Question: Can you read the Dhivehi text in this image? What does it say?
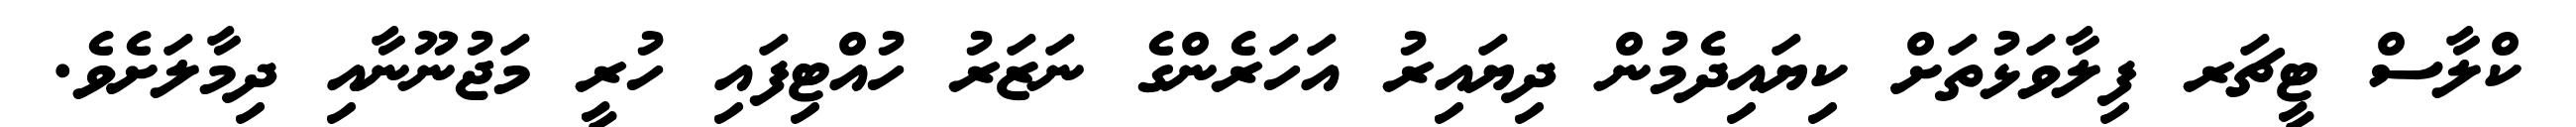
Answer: ކްލާސް ޓީޗަރ ފިލާވަޅުތަށް ކިޔައިދެމުން ދިޔައިރު އަހަރެންގެ ނަޒަރު ހުއްޓިފައި ހުރީ މަޖުނޫނާއި ދިމާލަށެވެ.